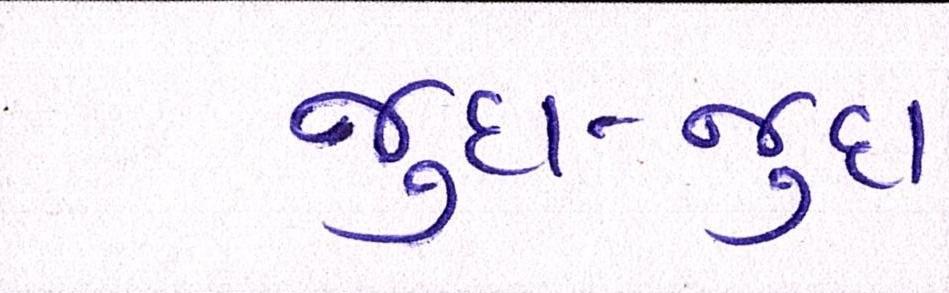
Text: જુદા-જુદા